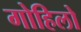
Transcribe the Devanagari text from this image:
गोहिलो